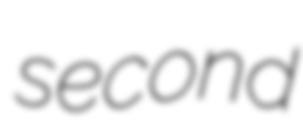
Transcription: second